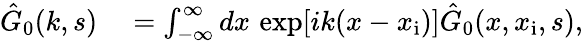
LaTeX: \begin{array}{rl}{\hat{G}_{0}(k,s)}&{{}=\int_{-\infty}^{\infty}dx\, \exp[ik(x-x_{\mathrm{i}})]\hat{G}_{0}(x,x_{\mathrm{i}},s),}\end{array}